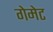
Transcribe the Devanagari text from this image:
गेमेट